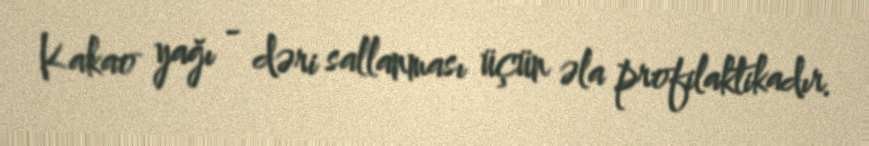
Kakao yağı - dəri sallanması üçün əla profilaktikadır.